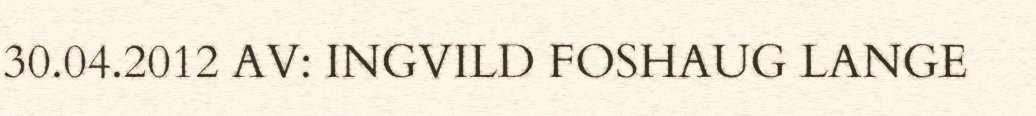
30.04.2012 AV: INGVILD FOSHAUG LANGE